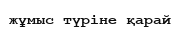
жұмыс түріне қарай